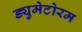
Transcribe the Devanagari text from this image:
ड्युमेटोरम